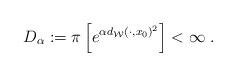
LaTeX: \begin{align*} D_{\alpha}:=\pi\left[ e^{\alpha d_{\mathcal{W}}(\cdot, x_0)^2}\right] < \infty\;. \end{align*}